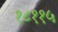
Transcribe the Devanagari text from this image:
१८११५